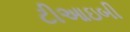
ટીઆઇબી